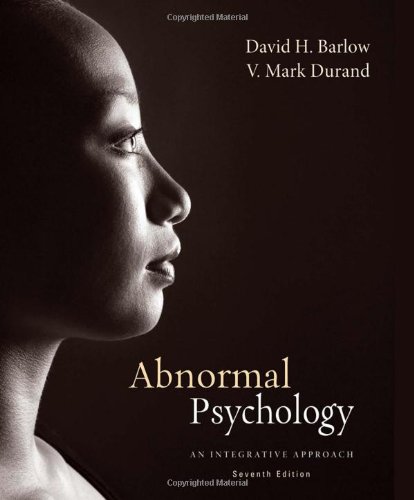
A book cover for Abnormal Psychology: An Integrative Approach, 7th Edition; David H. Barlow; Education & Teaching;